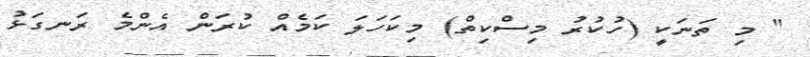
" މި ތަނަކީ (ހުކުރު މިސްކިތް) މިކަހަލަ ކަމެއް ކުރަން އެންމެ ރަނގަޅު